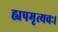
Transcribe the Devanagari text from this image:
ह्यपमृत्यवः।